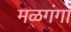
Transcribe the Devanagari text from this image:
मळगंगा